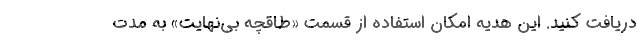
دریافت کنید. این هدیه امکان استفاده از قسمت «طاقچه بی‌نهایت» به مدت